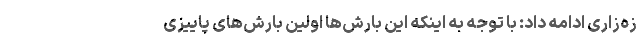
زه‌زاری ادامه داد: با توجه به اینکه این بارش‌ها اولین بارش‌های پاییزی